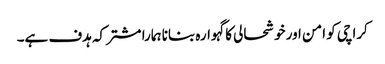
کراچی کو امن اور خوشحالی کا گہوارہ بنانا ہمارا مشترکہ ہدف ہے۔